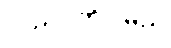
လည်ပတ်ပါမည်